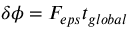
\delta \phi = F _ { e p s } t _ { g l o b a l }